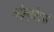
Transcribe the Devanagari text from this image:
मोड्य़ुळॆटर्स